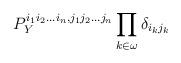
LaTeX: \begin{align*} P_Y^{i_1 i_2...i_n, j_1 j_2...j_n} \prod_{k \in \omega} \delta_{i_k j_k}\end{align*}